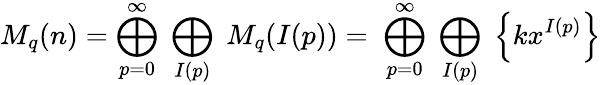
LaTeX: M_{q}(n)=\bigoplus_{p=0}^{\infty}\; \bigoplus_{I(p)}\; M_{q}(I(p))=\; \bigoplus_{p=0}^{\infty}\; \bigoplus_{I(p)}\; \left\{ kx^{I(p)}\right\}